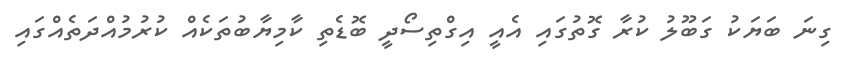
ގިނަ ބަޔަކު ގަބޫލު ކުރާ ގޮތުގައި އެއީ އިގްތިސޯދީ ބޮޑެތި ކާމިޔާބުތަކެއް ކުރުމުއްދަތެއްގައި